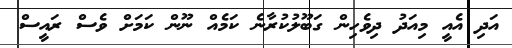
އަދި އެއީ މިއަދު ދިވެހިން ގަބޫލުކުރާނެ ކަމެއް ނޫން ކަމަށް ވެސް ރައީސް